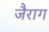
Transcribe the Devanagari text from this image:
जैराग